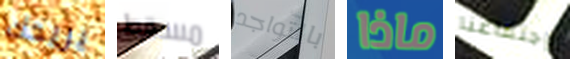
يريحك مسقط بالتواجد ماذا إجتماعنا